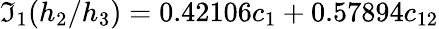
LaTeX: \mathfrak{I}_{1}(h_{2}/h_{3})=0.42106c_{1}+0.57894c_{12}